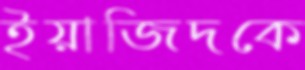
ইয়াজিদকে